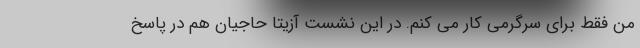
من فقط برای سرگرمی کار می کنم. در این نشست آزیتا حاجیان هم در پاسخ